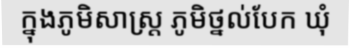
ក្នុងភូមិសាស្ត្រ ភូមិថ្នល់បែក ឃុំ